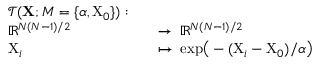
\begin{array} { r l r l } & { \mathcal { T } ( \mathbf { X } ; M = \{ \alpha , \mathrm { X } _ { 0 } \} ) : } \\ & { \mathbb { R } ^ { N ( N - 1 ) / 2 } } & & { \to \: \mathbb { R } ^ { N ( N - 1 ) / 2 } } \\ & { \mathrm { X } _ { i } } & & { \mapsto \: \mathrm { e x p } \big ( - ( \mathrm { X } _ { i } - \mathrm { X } _ { 0 } ) / \alpha \big ) } \end{array}